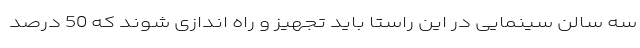
سه سالن سینمایی در این راستا باید تجهیز و راه اندازی شوند که 50 درصد